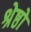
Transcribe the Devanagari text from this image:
श्रेष्ठो